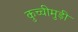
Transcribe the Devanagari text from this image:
कुच्चीमुड़ी